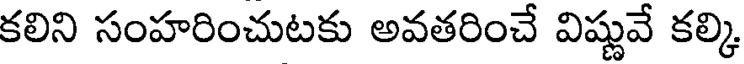
కలిని సంహరించుటకు అవతరించే విష్ణువే కల్కి